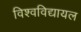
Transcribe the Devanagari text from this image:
विश्‍वविद्यायल